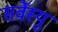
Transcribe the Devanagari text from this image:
सर्वेस्यु